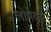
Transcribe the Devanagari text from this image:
लोमेक्स